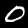
Digit: 0